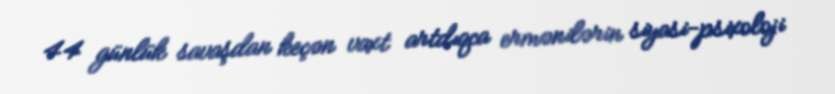
44 günlük savaşdan keçən vaxt artdıqca ermənilərin siyasi-psixoloji